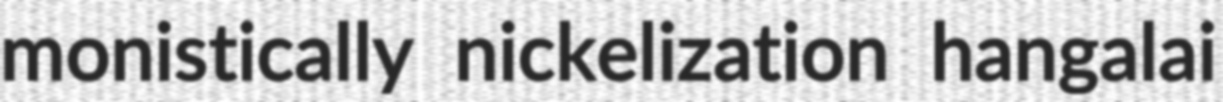
monistically nickelization hangalai